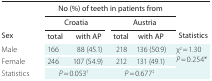
<table><thead><tr><td></td><td colspan="4"><b>No (%) of teeth in patients from</b></td><td></td></tr><tr><td rowspan="2"><b>Sex</b></td><td colspan="2"><b>Croatia</b></td><td colspan="2"><b>Austria</b></td><td rowspan="2"><b>Statistics</b></td></tr><tr><td><b>total</b></td><td><b>with AP</b></td><td><b>total</b></td><td><b>with AP</b></td></tr></thead><tbody><tr><td>Male</td><td>166</td><td>88 (45.1)</td><td>218</td><td>136 (50.9)</td><td rowspan="2">χ<sup>2</sup> = 1.30 <i>P</i> = 0.254*</td></tr><tr><td>Female</td><td>246</td><td>107 (54.9)</td><td>212</td><td>131 (49.1)</td></tr><tr><td>Statistics</td><td colspan="2"><i>P</i> = 0.053<sup>†</sup></td><td colspan="2"><i>P</i> = 0.677<sup>‡</sup></td><td></td></tr></tbody></table>